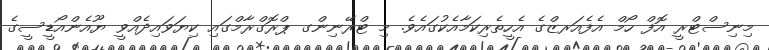
މިނިސްޓްރީ އޮފް ހޯމް އެފެއަރޒްގެ އެހީތެރިކަމާއެކުގައެވެ. މި ޓްރޭނިންގ ޕްރޮގްރާމްގައި ކިޔަވައިދެއްވީ ޔޫއެންއޯޑީސީގެ